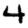
Digit: 4